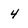
Character: 4